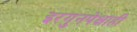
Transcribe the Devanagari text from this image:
इरगुनपेक्षाही